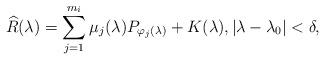
LaTeX: \begin{align*}\widehat{R}(\lambda)=\sum_{j=1}^{m_i} \mu_j(\lambda)P_{\varphi_j(\lambda)}+K(\lambda), |\lambda-\lambda_0|<\delta, \end{align*}